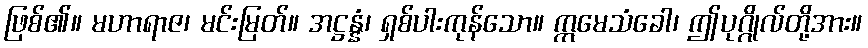
ဖြစ်၏။ မဟာရာဇ၊ မင်းမြတ်။ အဋ္ဌန္နံ၊ ရှစ်ပါးကုန်သော။ ဣမေသံခေါ၊ ဤပုဂ္ဂိုလ်တို့အား။